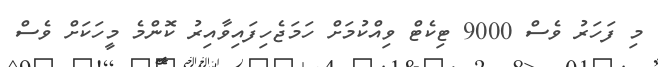
މި ފަހަރު ވެސް 9000 ޓިކެޓް ވިއްކުމަށް ހަމަޖެހިފައިވާއިރު ކޮންމެ މީހަކަށް ވެސް